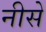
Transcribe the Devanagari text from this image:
नीसे